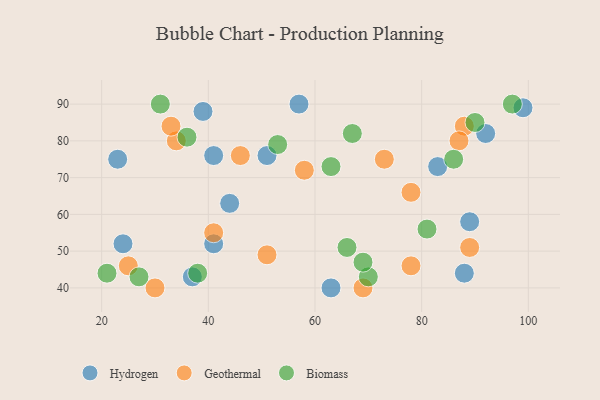
{"axis": {"x": "GDP", "y": "Life Expectancy"}, "legend": ["Biomass", "Geothermal", "Hydrogen"], "data": [{"x": "51", "y": 76, "type": "Hydrogen"}, {"x": "23", "y": 75, "type": "Hydrogen"}, {"x": "41", "y": 76, "type": "Hydrogen"}, {"x": "57", "y": 90, "type": "Hydrogen"}, {"x": "41", "y": 52, "type": "Hydrogen"}, {"x": "44", "y": 63, "type": "Hydrogen"}, {"x": "89", "y": 58, "type": "Hydrogen"}, {"x": "88", "y": 44, "type": "Hydrogen"}, {"x": "92", "y": 82, "type": "Hydrogen"}, {"x": "63", "y": 40, "type": "Hydrogen"}, {"x": "39", "y": 88, "type": "Hydrogen"}, {"x": "37", "y": 43, "type": "Hydrogen"}, {"x": "99", "y": 89, "type": "Hydrogen"}, {"x": "83", "y": 73, "type": "Hydrogen"}, {"x": "24", "y": 52, "type": "Hydrogen"}, {"x": "69", "y": 40, "type": "Geothermal"}, {"x": "30", "y": 40, "type": "Geothermal"}, {"x": "25", "y": 46, "type": "Geothermal"}, {"x": "34", "y": 80, "type": "Geothermal"}, {"x": "58", "y": 72, "type": "Geothermal"}, {"x": "41", "y": 55, "type": "Geothermal"}, {"x": "51", "y": 49, "type": "Geothermal"}, {"x": "89", "y": 51, "type": "Geothermal"}, {"x": "88", "y": 84, "type": "Geothermal"}, {"x": "78", "y": 66, "type": "Geothermal"}, {"x": "78", "y": 46, "type": "Geothermal"}, {"x": "46", "y": 76, "type": "Geothermal"}, {"x": "73", "y": 75, "type": "Geothermal"}, {"x": "87", "y": 80, "type": "Geothermal"}, {"x": "33", "y": 84, "type": "Geothermal"}, {"x": "63", "y": 73, "type": "Biomass"}, {"x": "67", "y": 82, "type": "Biomass"}, {"x": "53", "y": 79, "type": "Biomass"}, {"x": "21", "y": 44, "type": "Biomass"}, {"x": "70", "y": 43, "type": "Biomass"}, {"x": "86", "y": 75, "type": "Biomass"}, {"x": "27", "y": 43, "type": "Biomass"}, {"x": "66", "y": 51, "type": "Biomass"}, {"x": "38", "y": 44, "type": "Biomass"}, {"x": "69", "y": 47, "type": "Biomass"}, {"x": "36", "y": 81, "type": "Biomass"}, {"x": "81", "y": 56, "type": "Biomass"}, {"x": "97", "y": 90, "type": "Biomass"}, {"x": "31", "y": 90, "type": "Biomass"}, {"x": "90", "y": 85, "type": "Biomass"}]}